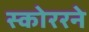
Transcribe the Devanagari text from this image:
स्कोररने